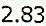
2.83